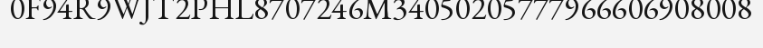
0F94R9WJT2PHL8707246M34050205777966606908008